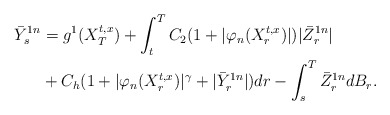
\begin{align*}\bar {Y}_s^{1n}&=g^1(X_T^{t,x})+\int_t^T C_2(1+|\varphi_n (X_r^{t,x})|)|\bar Z_r^{1n}| \\&+C_h(1+|\varphi_n(X_r^{t,x})|^\gamma +|\bar Y_r^{1n}|)dr -\int_s^T \bar Z_r^{1n} dB_r.\end{align*}